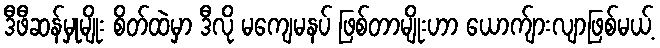
ဒီဖီဆန်မှုမျိုး စိတ်ထဲမှာ ဒီလို မကျေမနပ် ဖြစ်တာမျိုးဟာ ယောက်ျားလျာဖြစ်မယ့်